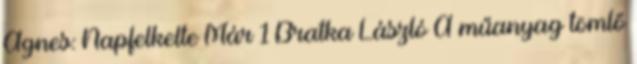
Ágnes: Napfelkelte Már 1 Bratka László A műanyag tömlő